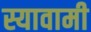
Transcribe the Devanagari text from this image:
स्यावामी